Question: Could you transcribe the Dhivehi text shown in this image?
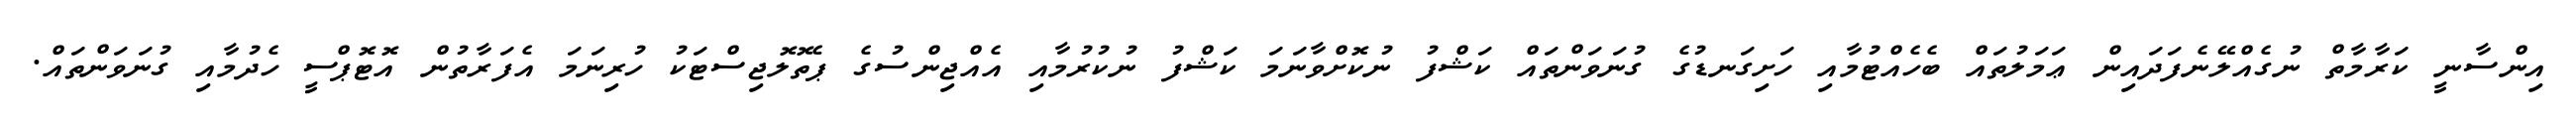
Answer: އިންސާނީ ކަރާމާތް ނުގެއްލޭނެފަދައިން ޢަމަލުތައް ބެހެއްޓުމާއި ހަށިގަނޑުގެ ގުނަވަންތައް ކަޝްފު ނުކޮށްވާނަމަ ކަޝްފު ނުކުރުމާއި އެއްޖިންސުގެ ޕެތޮލޮޖިސްޓަކު ހުރިނަމަ އެފަރާތުން އޮޓޮޕްސީ ހެދުމާއި ގުނަވަންތައް.